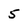
Character: 5